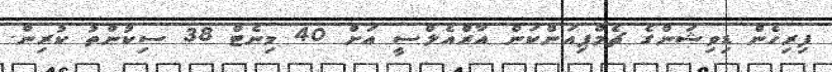
ފިރިހެން ޑިވިޝަންގެ ޗެމްޕިއަންކަން އާރްއެލްސީ އަށް 40 މިނެޓް 38 ސިކުންތު ކުރިން.